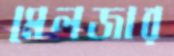
মেলজার